Statistics compiled by the Government of India from the reports of provincial Civil Veterinary Departments
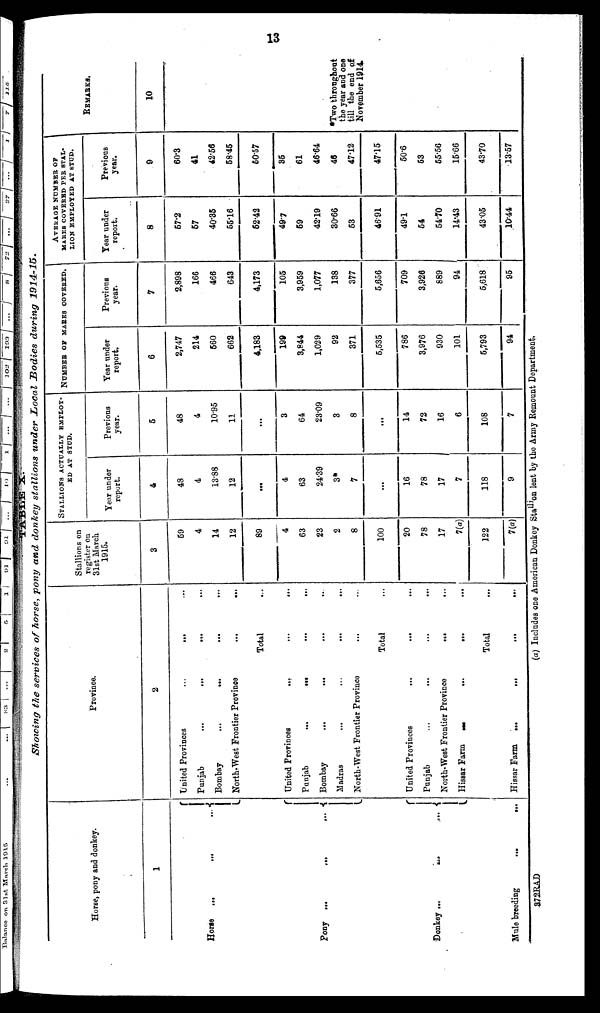
13
TABLE X.
Showing the services of horse, pony and donkey stallions under Local Bodies during
1914-15.
Horse, pony and donkey.
1
Horse
...
...
...
Pony ...
...
...
Donkey ...
...
...
Mule breeding
...
...
Province.
2
United Provinces
......
...
Punjab
...
...... ...
Bombay
...
...... ...
North-West Frontier Province... ...
Total ...
United Provinces
...
...
Punjab
...
.... ...
Bombay
...
...
...
Madras
... ... ... ...
North-West Frontier
Province...
...
Total ...
United Provinces
...... ...
Punjab ... ...
North-West Frontier
Province...
..
Hissar Farm
...
...
...
Total ...
Hissar Farm
...
...
...
Stallions on
register on
31st March
1915.
3
59
4
14
12
89
4
63
23
2
8
100
20
78
17
7(a)
122
7(a)
STALLIONS ACTUALLY EMPLOY-
ED AT STUD.
Year under
report.
4
48
4
13.88
12
...
4
63
24.39
3*
7
...
16
78
17
7
118
9
Previous
year.
5
48
4
10.95
11
...
3
64
23.09
3
8
...
14
72
16
6
108
7
NUMBER OF MARES COVERED.
Year under
report.
6
2,747
214
560
662
4,183
199
3,844
1,029
92
371
5,535
786
3,976
930
101
5,793
94
Previous
year.
7
2,898
166
466
643
4,173
105
3,959
1,077
138
377
5,656
709
3,926
889
94
5,618
95
AVERAGE NUMBER OF
MARES COVERED
PER
STAL-
LION EMPLOYED AT STUD.
Year under
report.
8
57.2
67
40.35
55.16
52.42
49.7
69
42.19
30.66
53
46.91
49.1
54
54.70
14.43
43.05
10.44
Previous
year.
9
60.3
41
42.56
58.45
50.57
35
61
46.64
46
47.12
47.15
50.6
53
55.56
15.66
43.70
13.57
REMARKS.
10
*Two throughout
the year and one
till the end of
November 1914
372RAD
(a) Includes one American Donkey Stallion lent by the Army Remount Department.